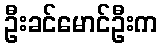
ဦးခင်မောင်ဦးက